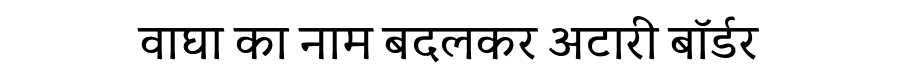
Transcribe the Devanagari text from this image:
वाघा का नाम बदलकर अटारी बॉर्डर